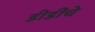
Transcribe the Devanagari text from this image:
डीडींचे